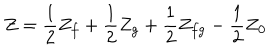
LaTeX: Z = { \frac { 1 } { 2 } } Z _ { f } + { \frac { 1 } { 2 } } Z _ { g } + { \frac { 1 } { 2 } } Z _ { f g } - { \frac { 1 } { 2 } } Z _ { \bf 0 }